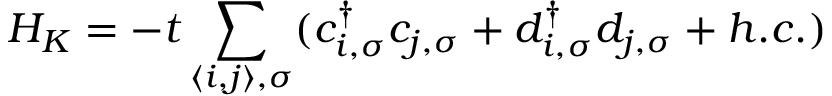
H _ { K } = - t \sum _ { \langle i , j \rangle , \sigma } ( c _ { i , \sigma } ^ { \dag } c _ { j , \sigma } + d _ { i , \sigma } ^ { \dag } d _ { j , \sigma } + h . c . )